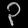
Digit: ၃